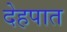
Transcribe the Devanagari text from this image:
देहपात